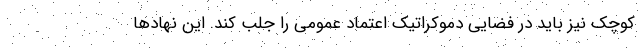
کوچک نیز باید در فضایی دموکراتیک اعتماد عمومی را جلب کند. این نهادها